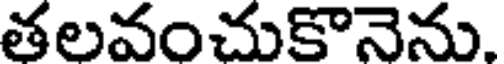
తలవంచుకొనెను.